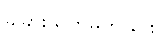
ခွဲခြားသတ်မှတ်ခြင်း